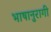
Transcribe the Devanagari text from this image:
भाषानुरागी